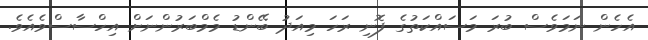
އެހެން ނަމަވެސް ބުރަ މަސައްކަތުގެ ފޮނި ރަހަ މިއަދު ބޭންޑު މެމްބަރުންނަށް އިހްސާސްވެއެވެ.